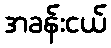
အခန်းငယ်